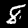
Label: 8